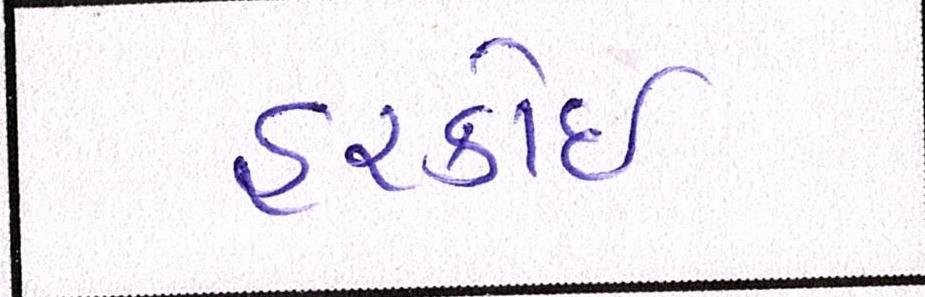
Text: હરકોઈ